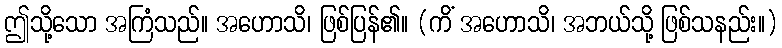
ဤသို့သော အကြံသည်။ အဟောသိ၊ ဖြစ်ပြန်၏။ (ကိံ အဟောသိ၊ အဘယ်သို့ ဖြစ်သနည်း။)